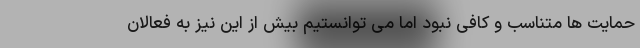
حمایت ها متناسب و کافی نبود اما می توانستیم بیش از این نیز به فعالان